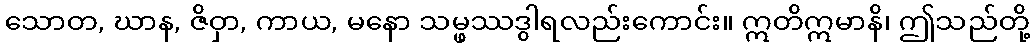
သောတ, ဃာန, ဇိဝှာ, ကာယ, မနော သမ္ဖဿဒွါရလည်းကောင်း။ ဣတိဣမာနိ၊ ဤသည်တို့